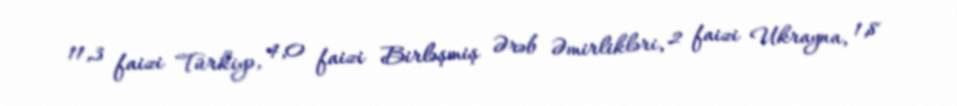
11,3 faizi Türkiyə, 4,0 faizi Birləşmiş Ərəb Əmirlikləri, 2 faizi Ukrayna, 1,8